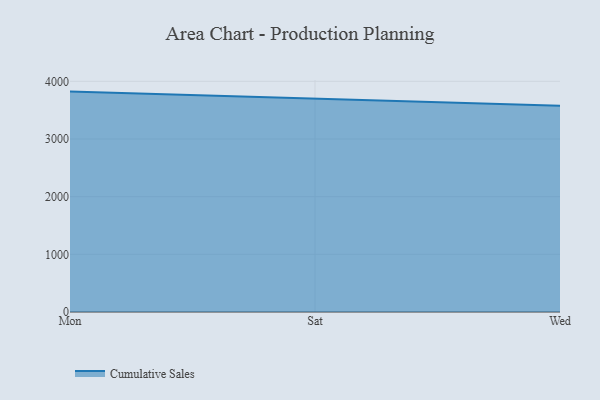
{"axis": {"x": "Day", "y": "Production Output"}, "legend": ["Cumulative Sales"], "data": [{"x": "Mon", "y": 3821.5, "type": "Cumulative Sales"}, {"x": "Sat", "y": 3703.8, "type": "Cumulative Sales"}, {"x": "Wed", "y": 3575.6, "type": "Cumulative Sales"}]}